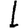
Digit: 1